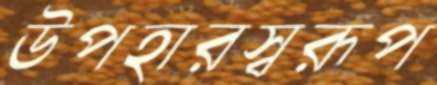
উপহারস্বরূপ